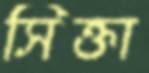
সিক্তা